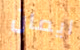
ايمان